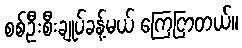
စစ်ဦးစီးချုပ်ခန့်မယ် ကြေငြာတယ်။